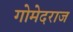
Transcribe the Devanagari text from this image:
गोमेदराज